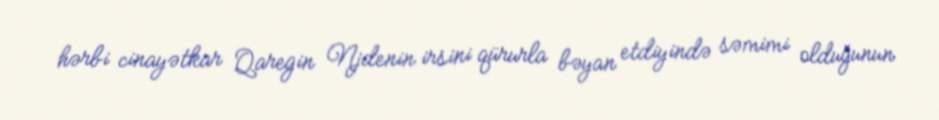
hərbi cinayətkar Qaregin Njdenin irsini qürurla bəyan etdiyində səmimi olduğunun